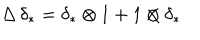
\Delta \, \delta _ { * } = \delta _ { * } \otimes 1 + 1 \otimes \delta _ { * }